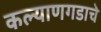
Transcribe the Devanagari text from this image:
कल्याणगडाचे